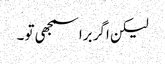
لیکن اگر برا سمجھی تو ۔